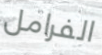
الفرامل